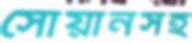
সোয়ানসহ